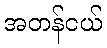
အတန်ငယ်